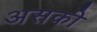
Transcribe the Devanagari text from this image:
असकी